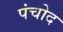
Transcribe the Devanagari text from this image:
पंचोद